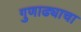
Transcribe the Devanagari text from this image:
गुणाढ्याचा